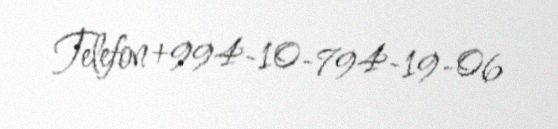
Telefon +994-10-794-19-06